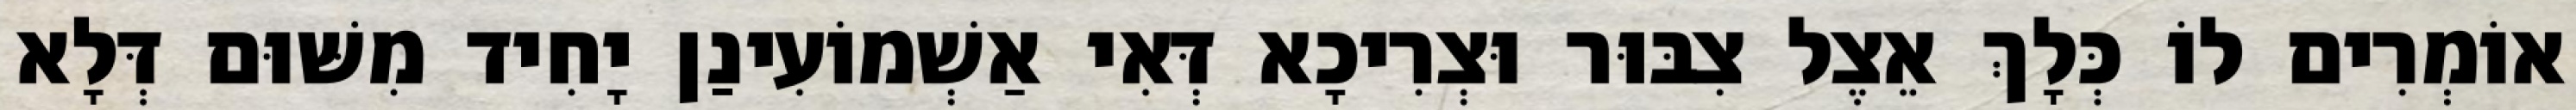
אוֹמְרִים לוֹ כְּלָךְ אֵצֶל צִבּוּר וּצְרִיכָא דְּאִי אַשְׁמוֹעִינַן יָחִיד מִשּׁוּם דְּלָא